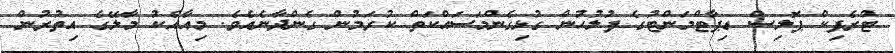
ޓްރެފިކް ޕޮލިސް ޑިޕާޓްމަންޓުގެ ފުލުހުން ގުޅިގެންމަސައްކަތް ކުރަމުން ގެންދާނެއެވެ. މިއާއެކު މާލޭގެ އިތުރުން